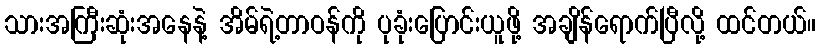
သားအကြီးဆုံးအနေနဲ့ အိမ်ရဲ့တာဝန်ကို ပုခုံးပြောင်းယူဖို့ အချိန်ရောက်ပြီလို့ ထင်တယ်။